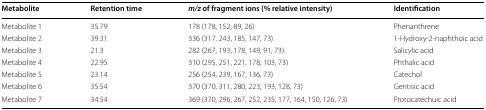
| Metabolite | Retention time | m/z of fragment ions (% relative intensity) | Identification |
 | --- | --- | --- | --- |
 | Metabolite 1 | 35.79 | 178 (178, 152, 89, 26) | Phenanthrene |
 | Metabolite 2 | 39.31 | 336 (317, 243, 185, 147, 73) | 1-Hydroxy-2-naphthoic acid |
 | Metabolite 3 | 21.3 | 282 (267, 193, 178, 149, 91, 73) | Salicylic acid |
 | Metabolite 4 | 22.95 | 310 (295, 251, 221, 178, 103, 73) | Phthalic acid |
 | Metabolite 5 | 23.14 | 256 (254, 239, 167, 136, 73) | Catechol |
 | Metabolite 6 | 35.54 | 370 (370, 311, 280, 223, 193, 128, 73) | Gentisic acid |
 | Metabolite 7 | 34.54 | 369 (370, 296, 267, 252, 235, 177, 164, 150, 126, 73) | Protocatechuic acid |